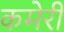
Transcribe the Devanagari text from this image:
कमेरी